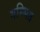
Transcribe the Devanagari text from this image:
गम्भित